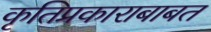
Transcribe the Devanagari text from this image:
कृतिप्रकाराबाबत